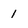
Character: 1